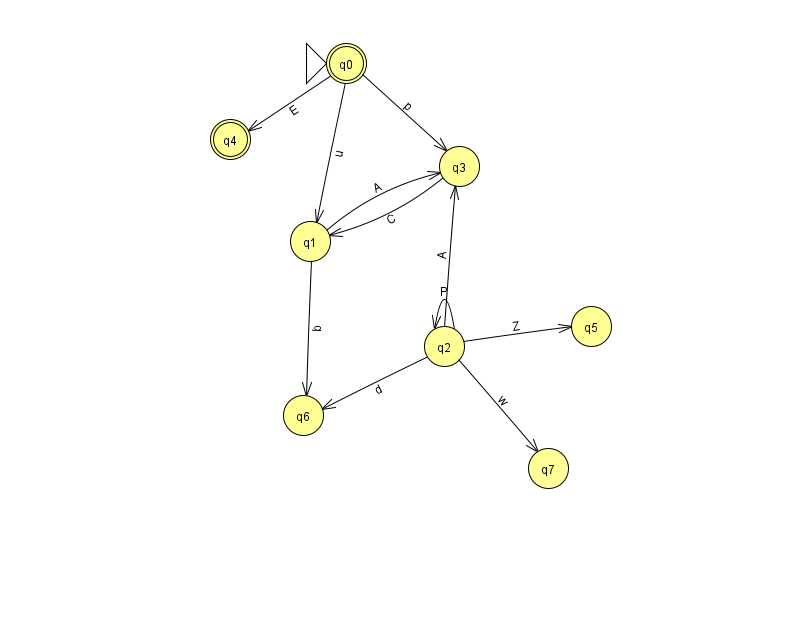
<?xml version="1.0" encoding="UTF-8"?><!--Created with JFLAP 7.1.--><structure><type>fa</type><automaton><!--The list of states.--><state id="0" name="q0"><x>346.0</x><y>50.0</y><initial/><final/></state><state id="1" name="q1"><x>310.0</x><y>228.0</y></state><state id="2" name="q2"><x>444.0</x><y>333.0</y></state><state id="3" name="q3"><x>459.0</x><y>153.0</y></state><state id="4" name="q4"><x>230.0</x><y>126.0</y><final/></state><state id="5" name="q5"><x>591.0</x><y>313.0</y></state><state id="6" name="q6"><x>303.0</x><y>402.0</y></state><state id="7" name="q7"><x>548.0</x><y>455.0</y></state><!--The list of transitions.--><transition><from>2</from><to>2</to><read>P</read></transition><transition><from>3</from><to>1</to><read>C</read></transition><transition><from>0</from><to>1</to><read>u</read></transition><transition><from>1</from><to>3</to><read>A</read></transition><transition><from>2</from><to>3</to><read>A</read></transition><transition><from>2</from><to>7</to><read>w</read></transition><transition><from>2</from><to>5</to><read>Z</read></transition><transition><from>0</from><to>3</to><read>p</read></transition><transition><from>0</from><to>4</to><read>E</read></transition><transition><from>1</from><to>6</to><read>b</read></transition><transition><from>2</from><to>6</to><read>d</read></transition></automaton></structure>